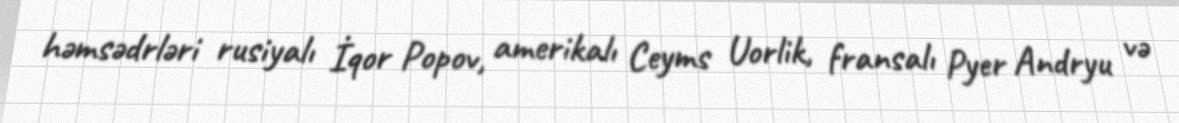
həmsədrləri rusiyalı İqor Popov, amerikalı Ceyms Uorlik, fransalı Pyer Andryu və